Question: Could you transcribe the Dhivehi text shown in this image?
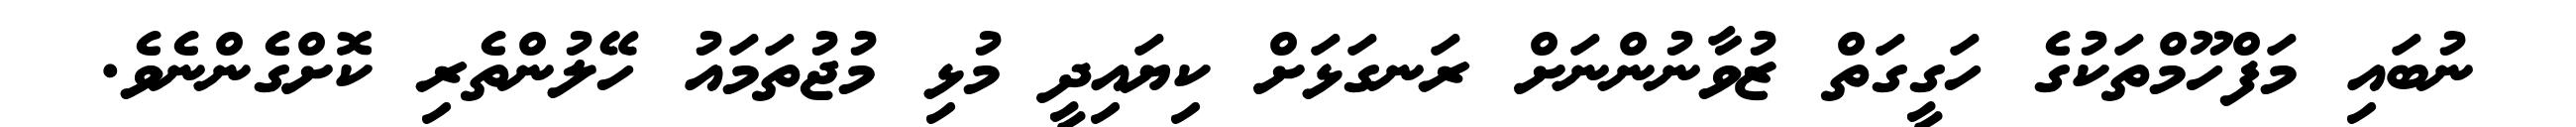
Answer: ނުބައި މަފްހޫމްތަކުގެ ހަގީގަތް ޒުވާނުންނަށް ރަނގަޅަށް ކިޔައިދީ މުޅި މުޖުތަމައު ހޭލުންތެރި ކޮށްގެންނެވެ.